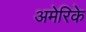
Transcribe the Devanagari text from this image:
अमेरिके